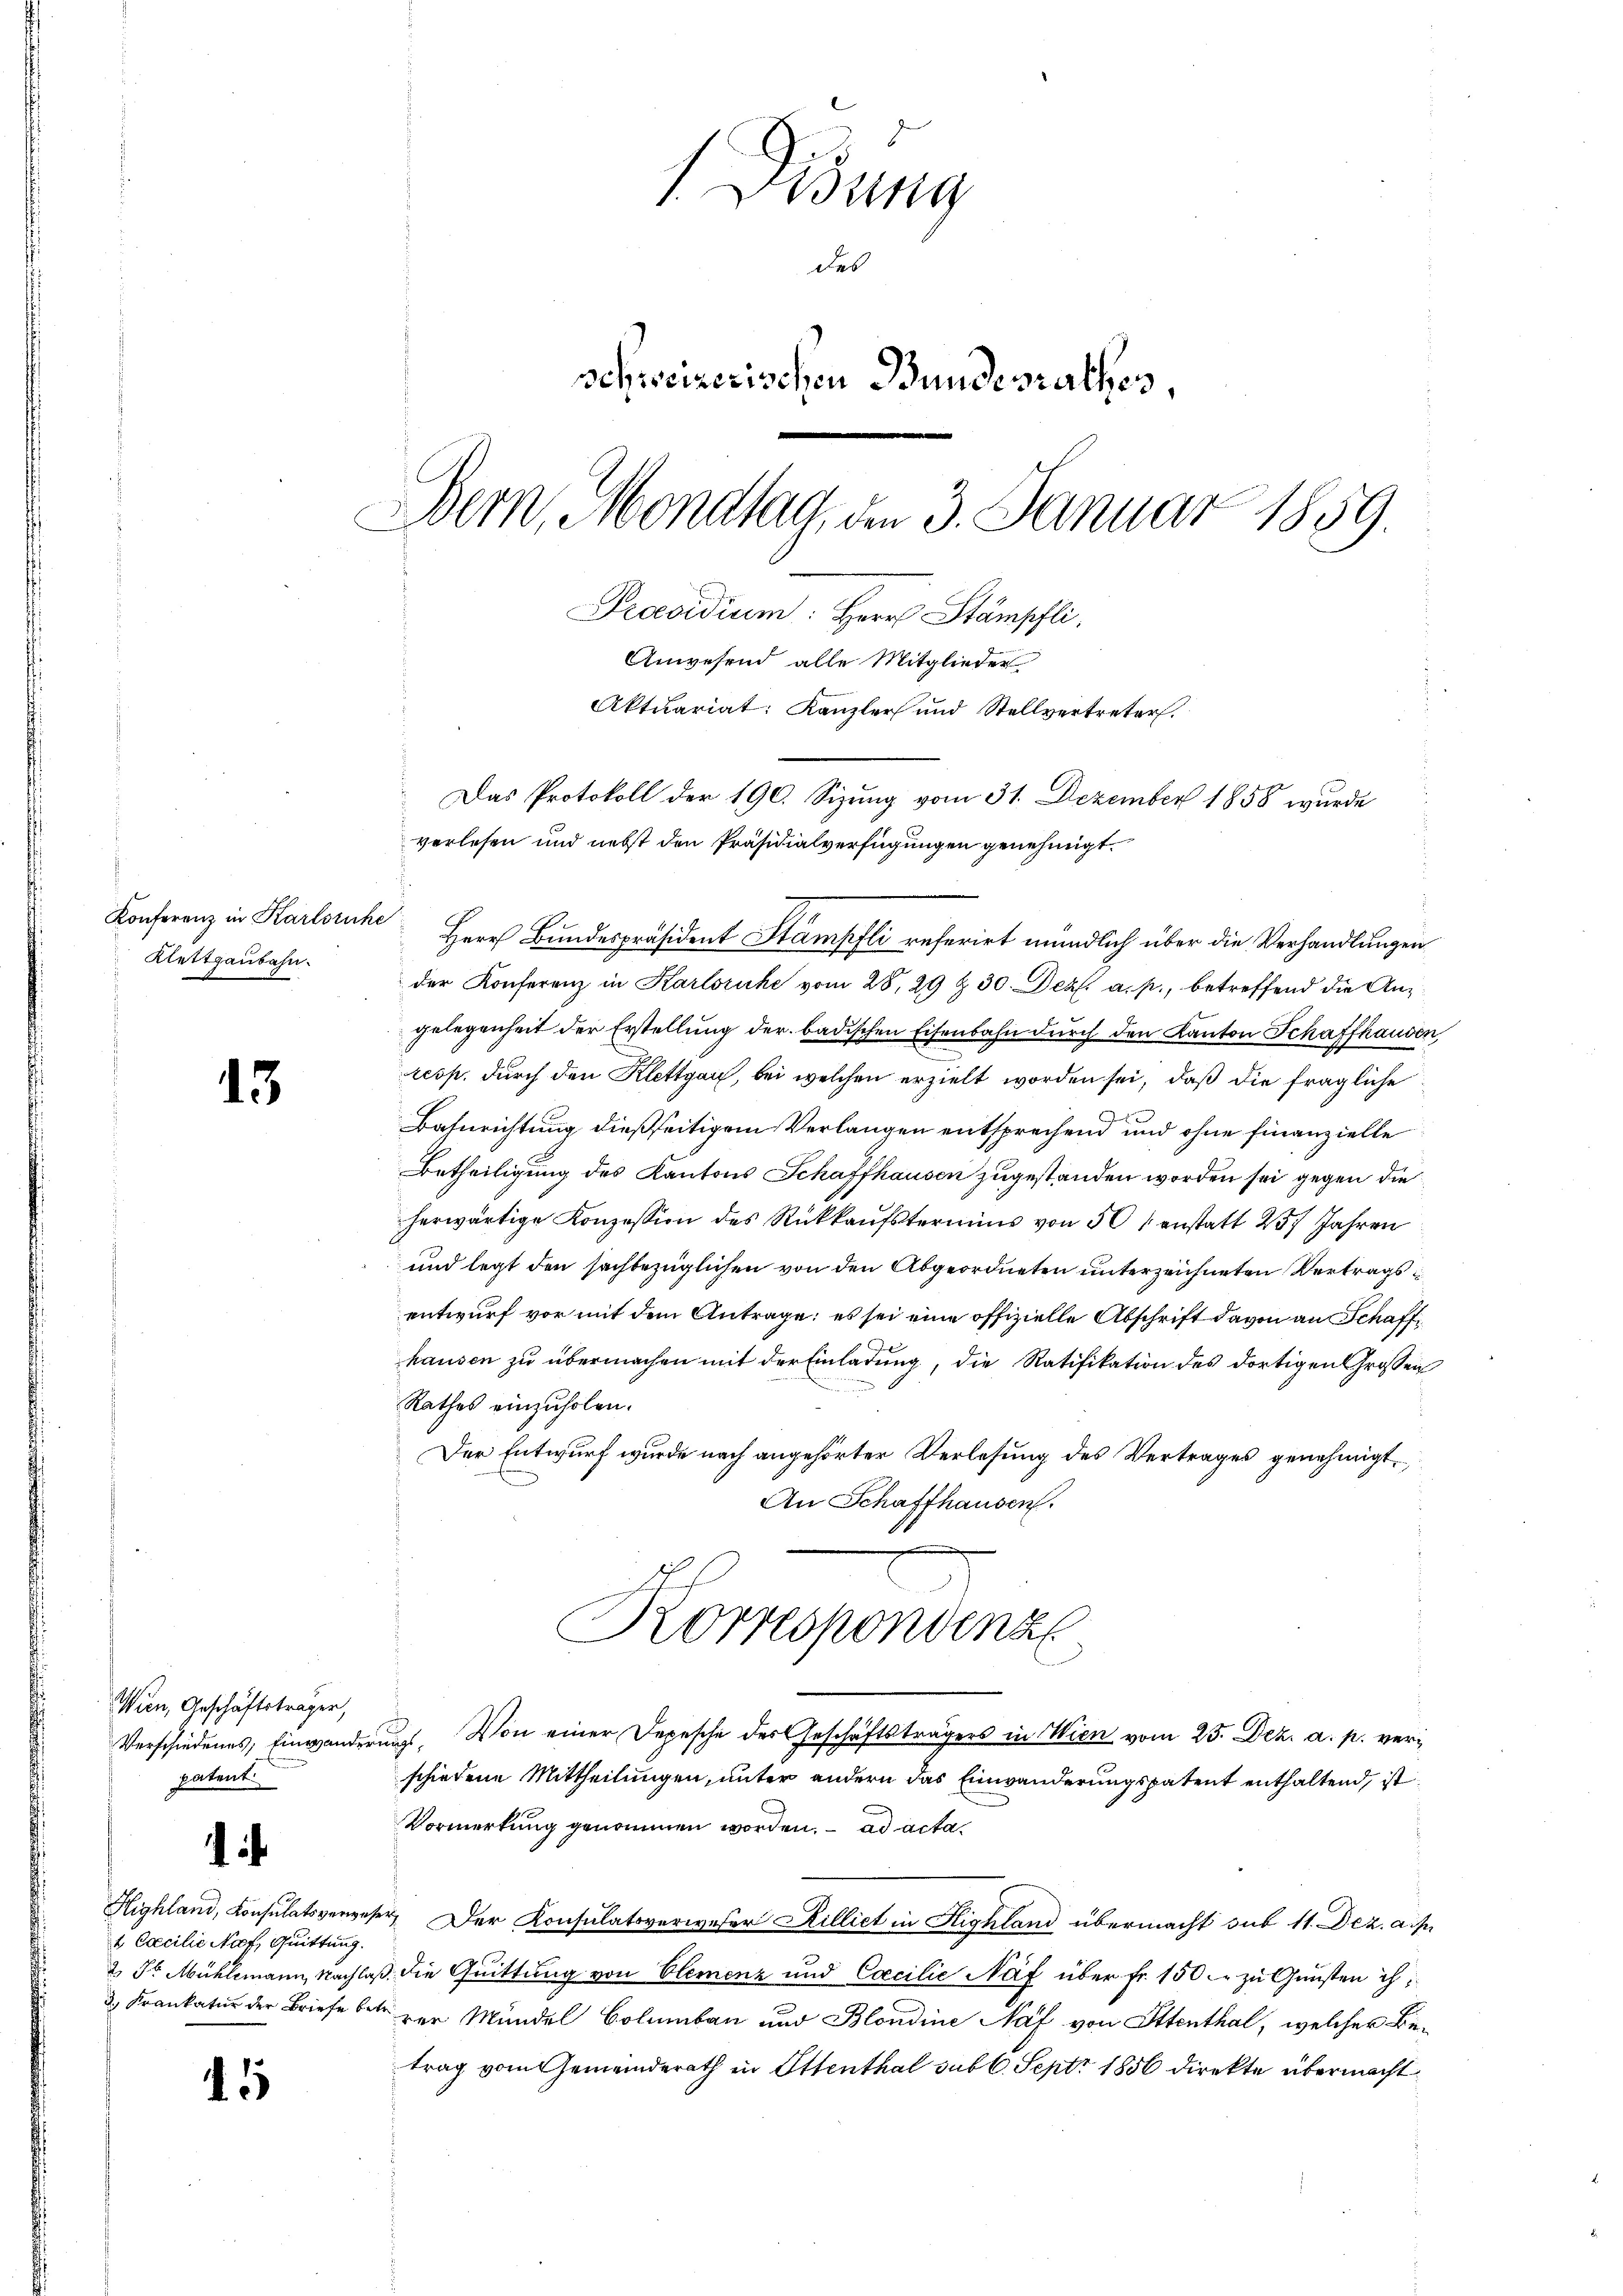
Konferenz in Karlsruhe
Klettgaubahn.

15

Wien, Geschäftsträger,
patent

Cocilie Naf, Quittung.

15

Disung
des
schweizerischen Bundesrathes
Bern, Mondtag, den 3. Januar 1859.
Präsidium: Herr Stämpfli
Anwesend alle Mitglieder
Aktuariat: Kanzler und Stellvertreter.
Das Protokoll der 190. Sizung vom 31. Dezember 1858 wurde
verlesen und nebst den Präsidialverfügungen genehmigt.

Herr Bundespräsident Stampfli referirt mündlich über die Verhandlungen
der Konferenz in Karlsruhe vom 28. 29 & 30. Dez. a. p., betreffend die Angelegenheit der Erstellung der badischen Eisenbahn durch den Kanton Schaffhausen
resp. durch den Klettgau, bei welchen erzielt worden sei, daß die fragliche
Bahnrichtung dießseitigem Verlangen entsprechend und ohne finanzielle
Betheiligung des Kantons Schaffhausen zugestanden worden sei gegen die
herwärtige Konzession des Rückkaŭfstermins von 50 anstatt 257 Jahren
und legt den sachbezüglichen von den Abgeordneten unterzeichneten Vertragsentwurf vor mit dem Antrage: es sei eine offizielle Abschrift davon an Schaffhausen zu übermachen mit der Einladung, die Ratifikation des dortigen Grossen
Rathes einzuholen.
Der Entwurf wurde nach angehörter Verlesung des Vertrages genehmigt,
An Schaffhausen.
Korrespondenz
Verschiedenes, Einwanderung. Von einer Depesche der Geschäftsträgers in Wien vom 25. Dez. a. p. verschiedene Mittheilungen, unter andern das Einwanderungspatent enthaltend, ist
Vormerkung genommen worden. ad acta
Highland, Consulatsverweser Der Konsulatsverweser Killiet in Highland übermacht sub 11. Dez. a. p.
2 Fr. Mühlemann, Nachlaß die Quittung von Elemenz und Cocilie Näf über Fr. 150 zu Gunsten ih
3. Frankatur der Briefe betr. zur Mündel Columbau und Blondine Näf von Ottenthal, welcher Betrag vom Gemeinderath in Ottenthal sub 6. Sept. 1856 direkte übermacht.